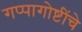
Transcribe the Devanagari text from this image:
गप्पागोष्टींचे